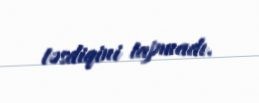
təsdiqini tapmadı.